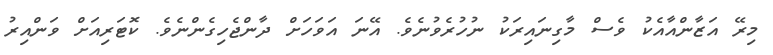
މިރޭ އަޒާންއާއެކު ވެސް މާގިނައިރަކު ނުހުރެވުނެވެ. އޭނަ އަވަހަށް ދާންޖެހިގެންނެވެ. ކޮޓަރިއަށް ވަންއިރު